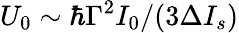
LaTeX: U_{0}\sim\hbar\Gamma^{2}I_{0}/(3\Delta I_{s})